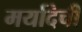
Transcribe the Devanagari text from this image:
मर्यादेची